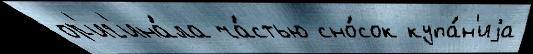
ор'иг'ина́ла ча́стью сно́сок купа́н'иjа